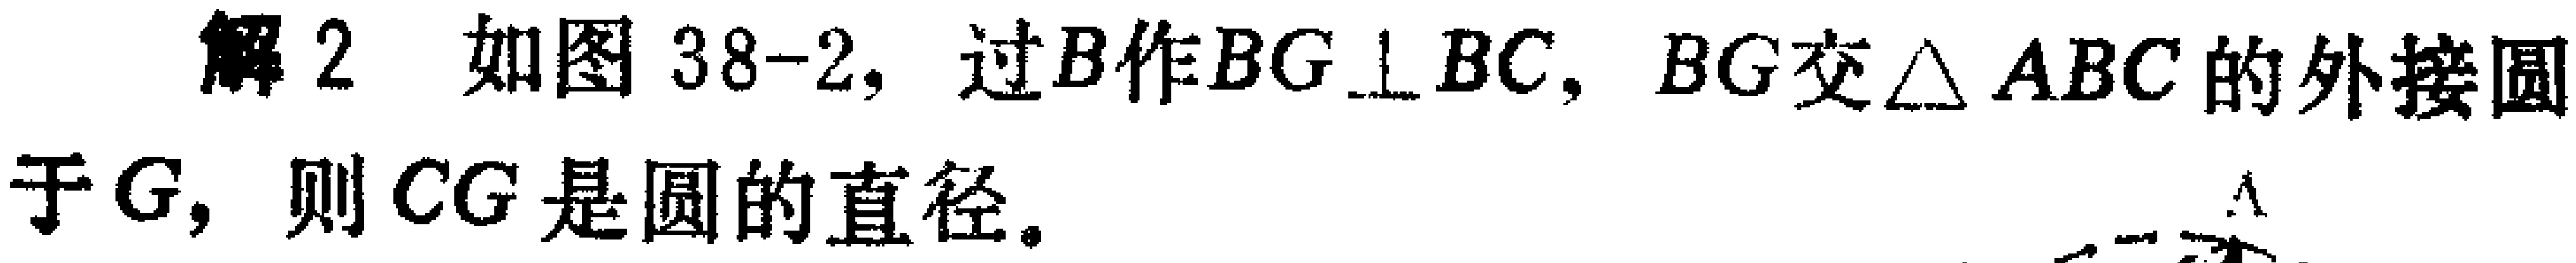
解2 如图38-2，过\(B\)作\(BG\perp BC\)，\(BG\)交\(\triangle ABC\)的外接圆于\(G\)，则\(CG\)是圆的直径。